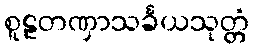
စူဠတဏှာသင်္ခယသုတ္တံ